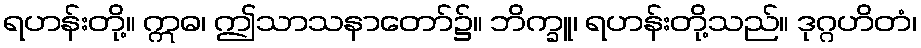
ရဟန်းတို့။ ဣဓ၊ ဤသာသနာတော်၌။ ဘိက္ခူ၊ ရဟန်းတို့သည်။ ဒုဂ္ဂဟိတံ၊